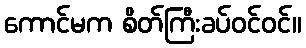
ကောင်မက စိတ်ကြီးခပ်ဝင်ဝင်။